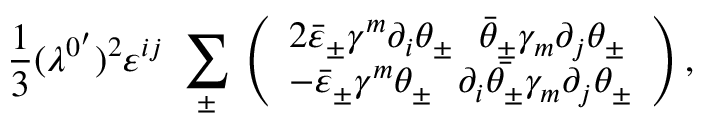
\frac 1 3 ( \lambda ^ { 0 ^ { \prime } } ) ^ { 2 } \varepsilon ^ { i j } \, \, \sum _ { \pm } \, \left( \begin{array} { l } { { 2 \bar { \varepsilon } _ { \pm } \gamma ^ { m } \partial _ { i } \theta _ { \pm } \, \, \, \, \bar { \theta } _ { \pm } \gamma _ { m } \partial _ { j } \theta _ { \pm } } } \\ { { - \bar { \varepsilon } _ { \pm } \gamma ^ { m } \theta _ { \pm } \, \, \, \, \partial _ { i } \bar { \theta _ { \pm } } \gamma _ { m } \partial _ { j } \theta _ { \pm } } } \end{array} \right) ,